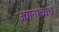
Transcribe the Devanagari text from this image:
उद्यानाचाच